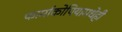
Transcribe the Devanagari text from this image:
फार्माकोपियामधेही